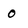
Character: 0